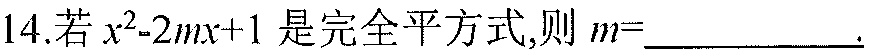
14.若\(x^{2}-2mx + 1\)是完全平方式,则\(m=\underline{\quad\quad}\).